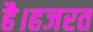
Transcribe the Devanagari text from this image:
है।हजरत